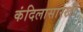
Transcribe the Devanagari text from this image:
कंदिलासारखी